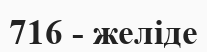
716 - желіде